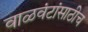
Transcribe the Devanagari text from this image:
वाळवंटांसाठीच